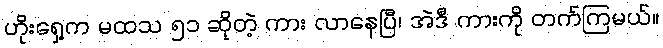
ဟိုးရှေ့က မထသ ၅၁ ဆိုတဲ့ ကား လာနေပြီ၊ အဲဒီ ကားကို တက်ကြမယ်။